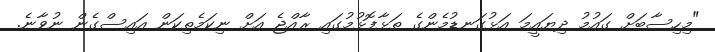
"މިހިސާބަށް ގައުމު ދިޔައީމަ އަޅުގަނޑުމެންގެ ތަޅާފޮޅުމުގައި ރާއްޖެ އަށް ނިކަމެތިކަން އައިސްގެން ނުވާނެ.